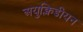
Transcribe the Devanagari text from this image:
अयुक्लिडीयन